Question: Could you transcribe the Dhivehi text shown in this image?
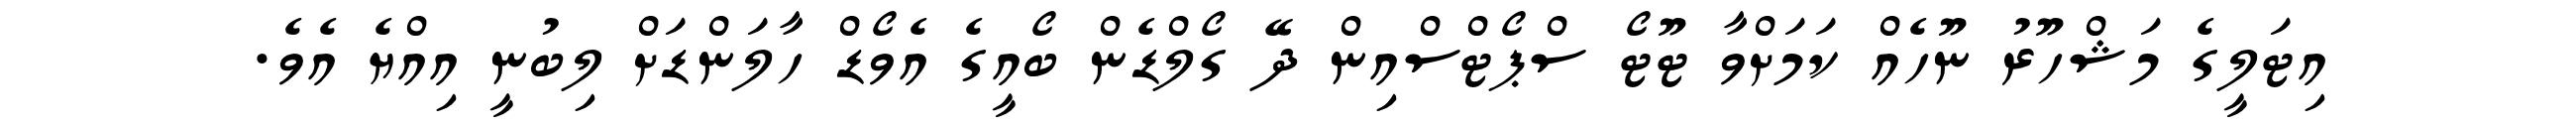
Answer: އިޓަލީގެ މަޝްހޫރު ނޫހެއް ކަމަށްވާ ޓޫޓޯ ސްޕޯޓްސްއިން ދޭ ގޯލްޑެން ބޯއީގެ އެވޯޑް ހާލަންޑަށް ލިބުނީ އިއްޔެ އެވެ.